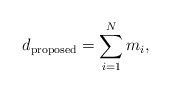
\begin{align*}{d_{{\textrm{proposed}}}} = \sum\limits_{i = 1}^N {{m_i}},\end{align*}